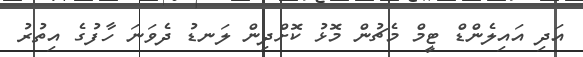
އަދި އައިލެންޑް ޓީމް މެޗުން މޮޅު ކޮށްދިން ލަނޑު ދެވަނަ ހާފުގެ އިތުރު